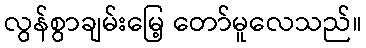
လွန်စွာချမ်းမြေ့ တော်မူလေသည်။